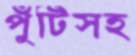
পুঁটিসহ